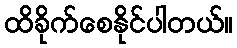
ထိခိုက်စေနိုင်ပါတယ်။